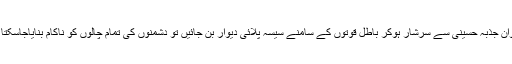
نوجوان جذبہ حسینیؓ سے سرشار ہوکر باطل قوتوں کے سامنے سیسہ پلائی دیوار بن جائیں تو دشمنوں کی تمام چالوں کو ناکام بنایاجاسکتا ہے۔